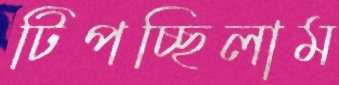
টিপচ্ছিলাম